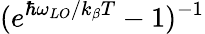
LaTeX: (e^{\hbar\omega_{LO}/k_{\beta}T}-1)^{-1}